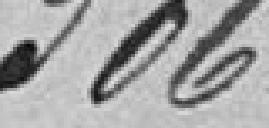
306